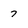
Character: 7